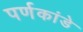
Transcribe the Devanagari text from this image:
पर्णकांडे